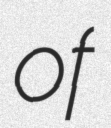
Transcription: of